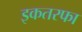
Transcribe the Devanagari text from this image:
इकतरफा